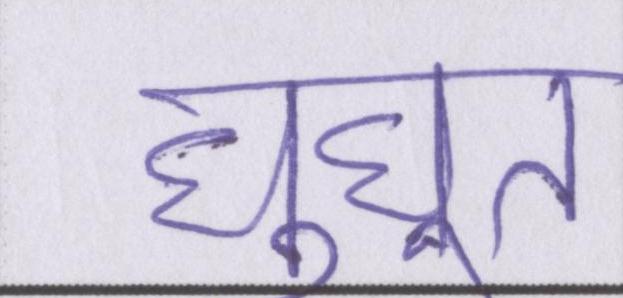
घुघूत